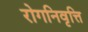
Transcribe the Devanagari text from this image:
रोगनिवृत्ति